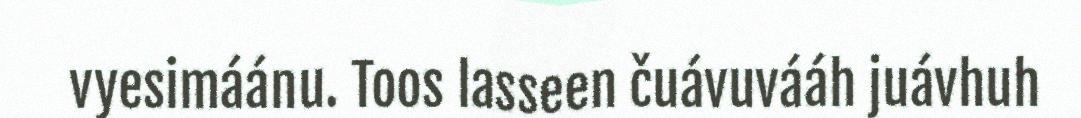
vyesimáánu. Toos lasseen čuávuvááh juávhuh